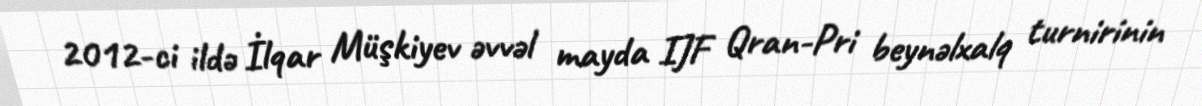
2012-ci ildə İlqar Müşkiyev əvvəl mayda IJF Qran-Pri beynəlxalq turnirinin